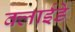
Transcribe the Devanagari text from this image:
क्लाईडे